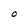
Character: O